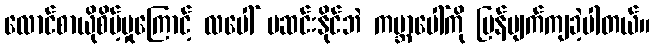
လောင်စာယိုစိမ့်မှုကြောင့် လပေါ် မဆင်းနိုင်ဘဲ ကမ္ဘာပေါ်ကို ပြန်ပျက်ကျခဲ့ပါတယ်။